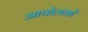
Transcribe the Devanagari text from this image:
आचोलकों